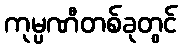
ကုမ္ပဏီတစ်ခုတွင်